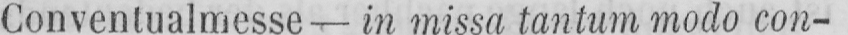
Conventualmesse - in missa tantum modo con-